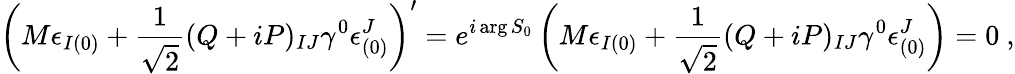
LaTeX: \left(M\epsilon_{I(0)}+{\frac{1}{\sqrt 2}}(Q+iP)_{IJ}\gamma^{0}\epsilon_{(0)}^{J}\right)^{\prime}=e^{i\arg S_{0}}\left(M\epsilon_{I(0)}+{\frac{1}{\sqrt 2}}(Q+iP)_{IJ}\gamma^{0}\epsilon_{(0)}^{J}\right)=0\ ,